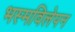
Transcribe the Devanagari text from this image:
भस्मविलेपन